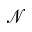
\mathcal { N }